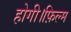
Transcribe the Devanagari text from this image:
होगी।फ़िल्म